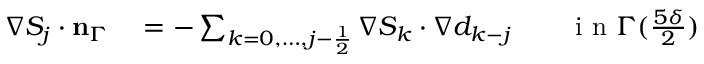
\begin{array} { r l } { \nabla S _ { j } \cdot \mathbf { n } _ { \Gamma } } & { { } = - \sum _ { k = 0 , \ldots , j - \frac 1 2 } \nabla S _ { k } \cdot \nabla d _ { k - j } \qquad \mathrm { ~ i ~ n ~ } \Gamma ( \frac { 5 \delta } 2 ) } \end{array}